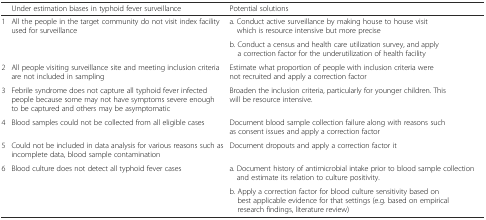
<table><thead><tr><td></td><td><b>Under estimation biases in typhoid fever surveillance</b></td><td><b>Potential solutions</b></td></tr></thead><tbody><tr><td rowspan="2">1</td><td rowspan="2">All the people in the target community do not visit index facility used for surveillance</td><td>a. Conduct active surveillance by making house to house visit which is resource intensive but more precise</td></tr><tr><td>b. Conduct a census and health care utilization survey, and apply a correction factor for the underutilization of health facility</td></tr><tr><td>2</td><td>All people visiting surveillance site and meeting inclusion criteria are not included in sampling</td><td>Estimate what proportion of people with inclusion criteria were not recruited and apply a correction factor</td></tr><tr><td>3</td><td>Febrile syndrome does not capture all typhoid fever infected people because some may not have symptoms severe enough to be captured and others may be asymptomatic</td><td>Broaden the inclusion criteria, particularly for younger children. This will be resource intensive.</td></tr><tr><td>4</td><td>Blood samples could not be collected from all eligible cases</td><td>Document blood sample collection failure along with reasons such as consent issues and apply a correction factor</td></tr><tr><td>5</td><td>Could not be included in data analysis for various reasons such as incomplete data, blood sample contamination</td><td>Document dropouts and apply a correction factor it</td></tr><tr><td rowspan="2">6</td><td rowspan="2">Blood culture does not detect all typhoid fever cases</td><td>a. Document history of antimicrobial intake prior to blood sample collection and estimate its relation to culture positivity.</td></tr><tr><td>b. Apply a correction factor for blood culture sensitivity based on best applicable evidence for that settings (e.g. based on empirical research findings, literature review)</td></tr></tbody></table>